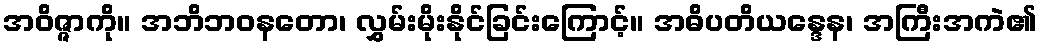
အဝိဇ္ဇာကို။ အဘိဘဝနတော၊ လွှမ်းမိုးနိုင်ခြင်းကြောင့်။ အဓိပတိယန္ဒေန၊ အကြီးအကဲ၏